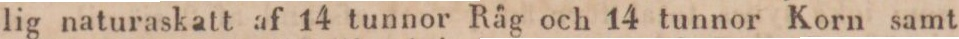
lig naturaskatt af 14 tunnor Råg och 14 tunnor Korn samt